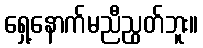
ရှေ့နောက်မညီညွတ်ဘူး။